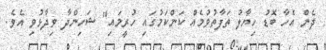
ދެން އެހާ ބޮޑު ހިޔާލު ތަފާތުވުމެއް ކަންކަމުގައި ހުރީމައި" ޝަހިންދާ ވިދާޅުވި އެވެ.